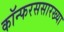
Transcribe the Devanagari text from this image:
कॉन्फरससारख्या